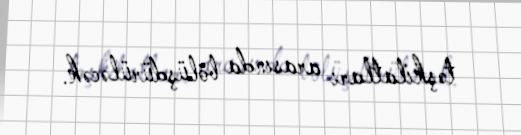
təşkilatları arasında bölüşdürüləcək.